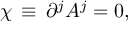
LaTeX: \chi \, \equiv \, \partial ^ { j } A ^ { j } = 0 ,